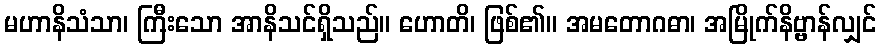
မဟာနိသံသာ၊ ကြီးသော အာနိသင်ရှိသည်။ ဟောတိ၊ ဖြစ်၏။ အမတောဂဓာ၊ အမြိုက်နိဗ္ဗာန်လျှင်